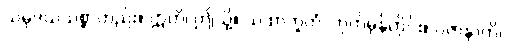
သမုဒယသစ္စာတည်း။ ဣတိ၊ ဤသို့။ ယထာဘူတံ၊ ဟုတ်မှန်တိုင်း။ ပဇာနာတိ၊